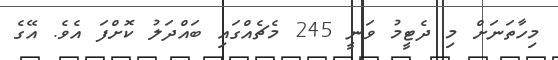
މިހާތަނަށް މި ދެޓީމު ވަނީ 245 މެޗެއްގައި ބައްދަލު ކޮށްފަ އެވެ. އޭގެ